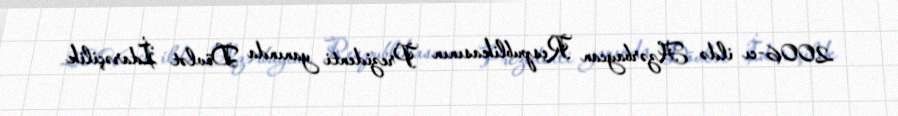
2006-cı ildə Azərbaycan Respublikasının Prezidenti yanında Dövlət İdarəçilik